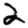
Digit: 2